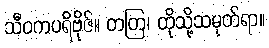
သီဝကပရိဗိုဇ်။ တတြ၊ ထိုသို့သမုတ်ရာ။